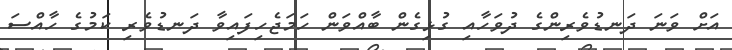
އަށް ވަނަަ ދަނޑުވެރިންގެ ދުވަހާއި ގުޅިގެން ބާއްވަން ހަމަޖެހިފައިވާ ދަނޑުވެރި ކަމުގެ ހާއްސަ